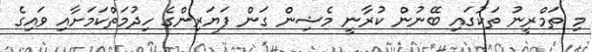
މި ތަމްރީނު ތަކުގައި ބޭނުން ކުރާނީ މެޝިން ގަން ފަޔަރިންގެ ހިދުމަތްކަމަށާއި ވައިގެ